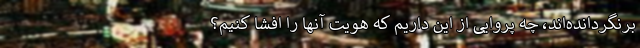
برنگردانده‌اند، چه پروایی از این داریم که هویت آنها را افشا کنیم؟